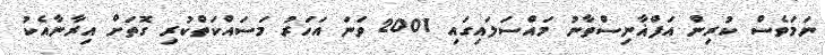
ނަމަވެސް ކުރިން އަފްޣާނިސްތާނު މައްސަލައިގައި 2001 ވަނަ އަހަރު މަސައްކަތްކުރި ގޮތަށް އިރާނާއެކު